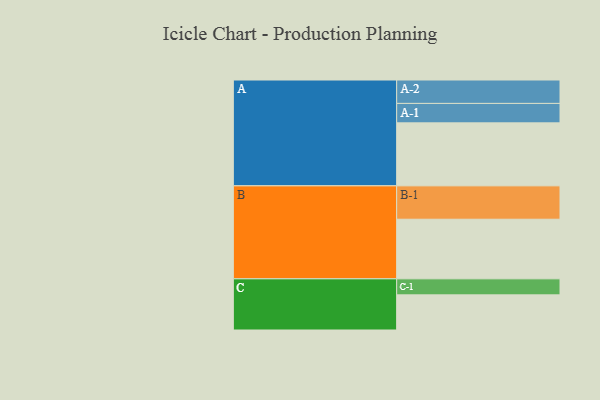
{"axis": {"x": "Segment", "y": "Value"}, "legend": ["", "A", "B", "C"], "data": [{"x": "A", "y": 538, "type": ""}, {"x": "B", "y": 509, "type": ""}, {"x": "C", "y": 300, "type": ""}, {"x": "A-1", "y": 166, "type": "A"}, {"x": "A-2", "y": 200, "type": "A"}, {"x": "B-1", "y": 285, "type": "B"}, {"x": "C-1", "y": 137, "type": "C"}]}